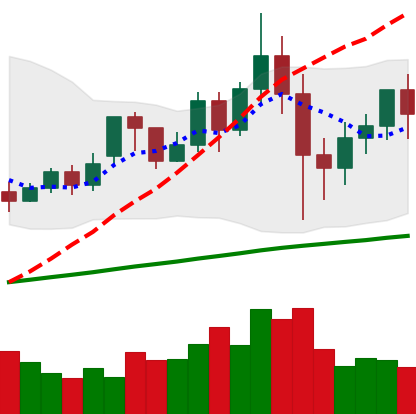
Ticker: XMR-USD
Chart end date: 2020-12-01
Forward return: 6.926%
Label: up_5_7